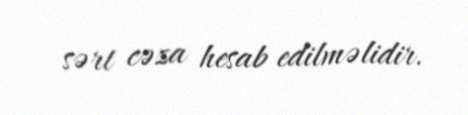
sərt cəza hesab edilməlidir.